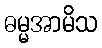
ဓမ္မအာမိသ